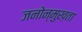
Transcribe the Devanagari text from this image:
जनोन्मुख़ता